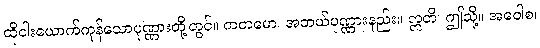
ထိုငါးယောက်ကုန်သောပုဏ္ဏားတို့တွင်။ ကတမော၊ အဘယ်ပုဏ္ဏားနည်း။ ဣတိ၊ ဤသို့။ အဝေါစ၊